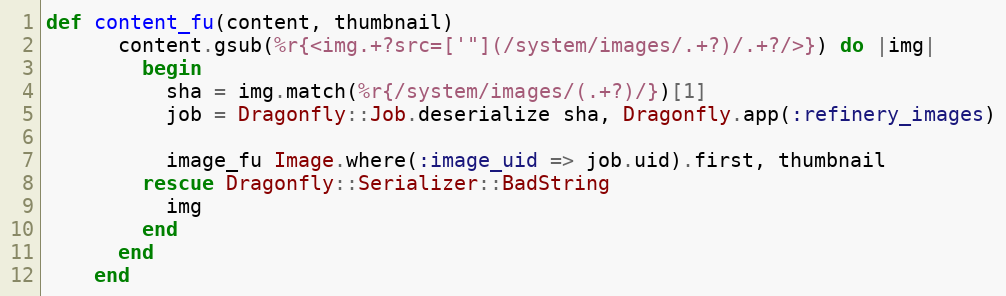
Language: Ruby
def content_fu(content, thumbnail)
      content.gsub(%r{<img.+?src=['"](/system/images/.+?)/.+?/>}) do |img|
        begin
          sha = img.match(%r{/system/images/(.+?)/})[1]
          job = Dragonfly::Job.deserialize sha, Dragonfly.app(:refinery_images)

          image_fu Image.where(:image_uid => job.uid).first, thumbnail
        rescue Dragonfly::Serializer::BadString
          img
        end
      end
    end